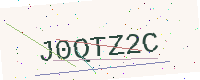
Text: J0QTZ2C